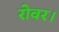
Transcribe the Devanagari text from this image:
रोवर।